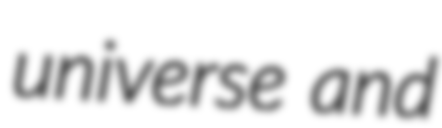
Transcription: universe and